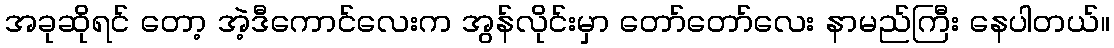
အခုဆိုရင် တော့ အဲ့ဒီကောင်လေးက အွန်လိုင်းမှာ တော်တော်လေး နာမည်ကြီး နေပါတယ်။